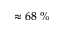
\approx 6 8 \; \%